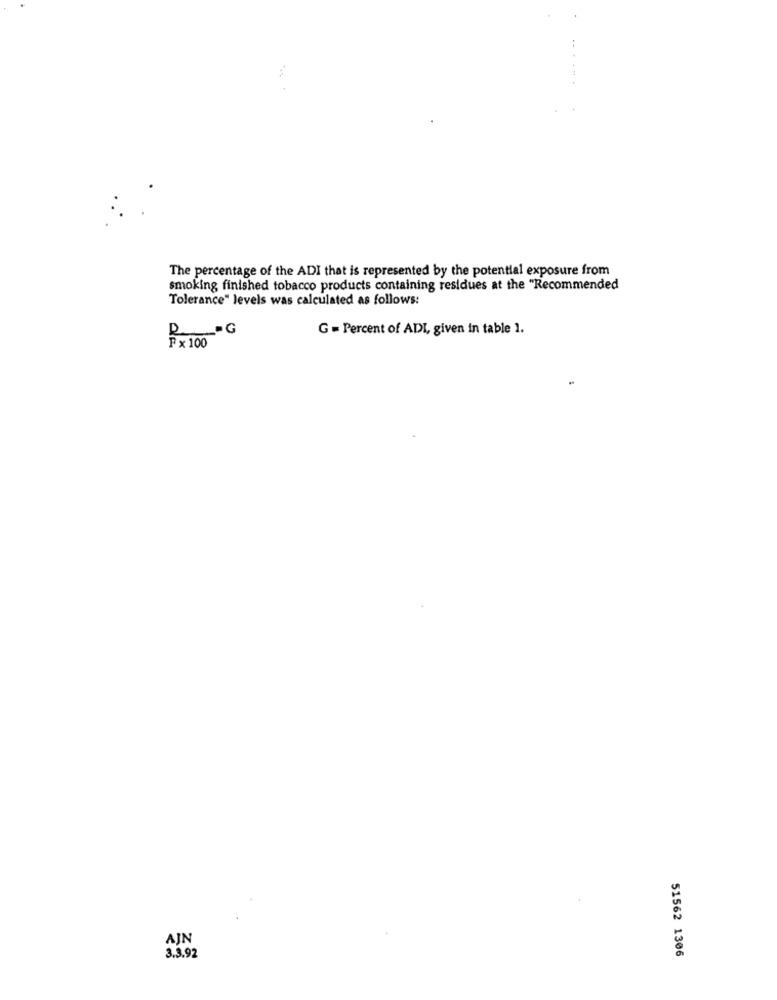
The percentage of the ADI that is represented by the potential exposure from
smoking finished tobacco products containing residues at the "Recommended
Tolerance" levels was calculated as follows:
G = Percent of ADI, given in table 1.
R . G
Fx 100
AJN
3.3.92
51562 1306